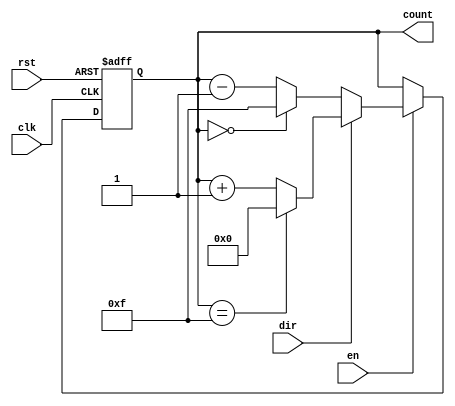
module memory_blocks_binary_counter (
    input wire clk,           // Clock signal
    input wire rst,           // Asynchronous reset signal
    input wire en,            // Enable signal
    input wire dir,           // Direction signal (1 for up, 0 for down)
    output reg [3:0] count    // 4-bit count output
);

    // Parameter for maximum count value (4-bit counter max is 15)
    parameter MAX_COUNT = 4'b1111;
    parameter MIN_COUNT = 4'b0000;

    // Asynchronous reset and counter logic
    always @(posedge clk or posedge rst) begin
        if (rst) begin
            count <= MIN_COUNT;  // Reset to 0
        end else if (en) begin
            if (dir) begin
                // Up counting
                if (count == MAX_COUNT)
                    count <= MIN_COUNT;  // Wrap around
                else
                    count <= count + 1;
            end else begin
                // Down counting
                if (count == MIN_COUNT)
                    count <= MAX_COUNT;  // Wrap around
                else
                    count <= count - 1;
            end
        end
    end

endmodule